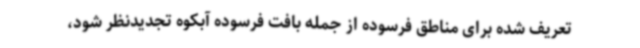
تعریف شده برای مناطق فرسوده از جمله بافت فرسوده آبکوه تجدیدنظر شود،